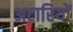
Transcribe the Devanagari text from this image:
अटारियों